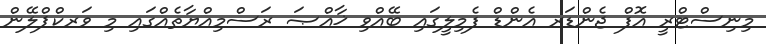
މިނިސްޓްރީ އޮފް ޖެންޑަރ އެންޑް ފެމިލީގައި ބޭއްވި ޚާއްޞަ ރަސްމިއްޔާތެއްގައި މި ވަރކްޕްލޭން